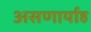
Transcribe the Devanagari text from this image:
असणार्याह